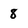
Character: 8